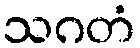
သဂတံ